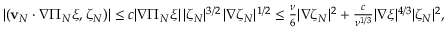
\begin{array} { r } { \left| \left( \mathbf { v } _ { N } \cdot \nabla \Pi _ { N } \xi , \zeta _ { N } \right) \right| \leq c | \nabla \Pi _ { N } \xi | \, | \zeta _ { N } | ^ { 3 / 2 } \, | \nabla \zeta _ { N } | ^ { 1 / 2 } \leq \frac { \nu } { 6 } | \nabla \zeta _ { N } | ^ { 2 } + \frac { c } { \nu ^ { 1 / 3 } } | \nabla \xi | ^ { 4 / 3 } | \zeta _ { N } | ^ { 2 } , } \end{array}